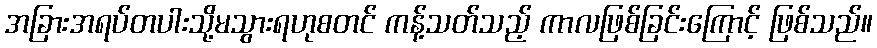
အခြားအရပ်တပါးသို့မသွားရဟုစတင် ကန့်သတ်သည့် ကာလဖြစ်ခြင်းကြောင့် ဖြစ်သည်။